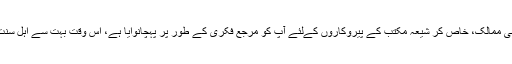
جنگ سے متعلق آپ کے بہت سے بیانات نے آپ کو صرف عراق ہی میں نہیں بلکہ اکثر اسلامی ممالک، خاص کر شیعہ مکتب کے پیروکاروں کےلئے آپ کو مرجع فکری کے طور پر پہچانوایا ہے، اس وقت بہت سے اہل سنت کے ہاں آپ کے موقف کو سیاسی اور سماجی میدان میں معیار کے طور پر پیش کیا جاتا ہے۔